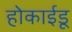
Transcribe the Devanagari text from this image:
होकाईडू